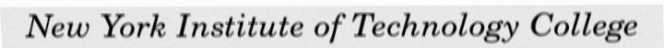
New York Institute of Technology College